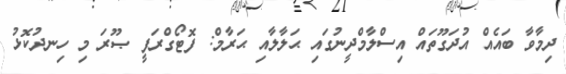
ދިމާވާ ބައެއް އުދަގޫތައް އިސްލާމްދީނުގައި ޙަލާލާއި ޙަރާމް: ފޮޓޯގްރަފީ ޞޫރަ މި ހިނދުކޮޅު